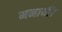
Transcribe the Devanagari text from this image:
मनायीं।